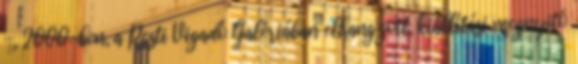
-, 2000-ben, a Pesti Vigadó Galériában elhangzott, ki­állítási megnyitó